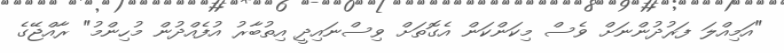
"އަމިއްލަ ފަރުދުންނަށް ވެސް މިކަންކަން އެގޮތަށް ވިސްނައިދީ އިތުބާރު އުފެއްދުން މުހިންމު" ރާއްޖޭގެ